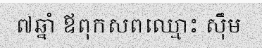
៧ឆ្នាំ ឪពុកសពឈ្មោះ ស៊ឹម